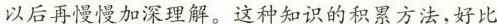
以后再慢慢加深理解。这种知识的积累方法，好比